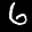
Digit: 6